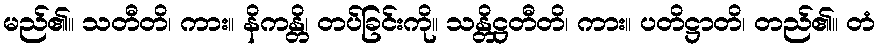
မည်၏။ သတီတိ၊ ကား။ နိကန္တိ၊ တပ်ခြင်းကို။ သန္တိဋ္ဌတီတိ၊ ကား။ ပတိဋ္ဌာတိ၊ တည်၏။ တံ